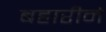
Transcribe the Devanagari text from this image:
बहारीने